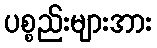
ပစ္စည်းများအား